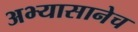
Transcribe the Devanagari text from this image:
अभ्यासानेच